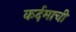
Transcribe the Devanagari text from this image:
कर्दमाची